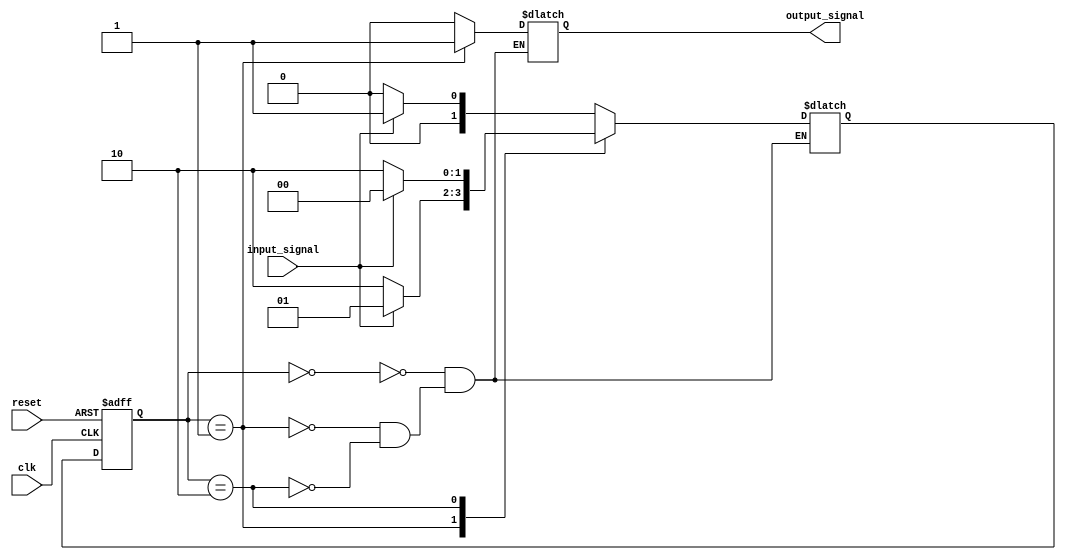
module fsm (
    input wire clk,
    input wire reset,
    input wire input_signal,
    output reg output_signal
);

// Define states
parameter STATE_A = 2'b00;
parameter STATE_B = 2'b01;
parameter STATE_C = 2'b10;

reg [1:0] current_state;
reg [1:0] next_state;

always @ (posedge clk or posedge reset) begin
    if (reset) begin
        current_state <= STATE_A; // Initial state
    end else begin
        current_state <= next_state;
    end
end

// Define state transitions
always @ (*) begin
    case (current_state)
        STATE_A: begin
            if (input_signal) begin
                next_state = STATE_B;
            end else begin
                next_state = STATE_A;
            end
        end
        STATE_B: begin
            if (!input_signal) begin
                next_state = STATE_C;
            end else begin
                next_state = STATE_B;
            end
        end
        STATE_C: begin
            if (input_signal) begin
                next_state = STATE_A;
            end else begin
                next_state = STATE_C;
            end
        end
    endcase
end

// Define output based on current state
always @ (*) begin
    case (current_state)
        STATE_A: begin
            output_signal = 1'b0;
        end
        STATE_B: begin
            output_signal = 1'b1;
        end
        STATE_C: begin
            output_signal = 1'b0;
        end
    endcase
end

endmodule